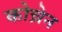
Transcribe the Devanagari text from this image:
कोच्रेन